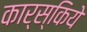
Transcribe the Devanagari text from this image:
कार्स्किये